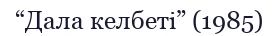
“Дала келбеті” (1985)